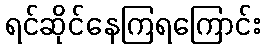
ရင်ဆိုင်နေကြရကြောင်း